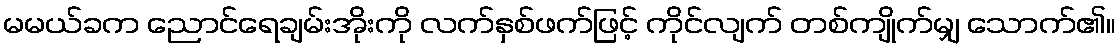
မမယ်ခက ညောင်ရေချမ်းအိုးကို လက်နှစ်ဖက်ဖြင့် ကိုင်လျက် တစ်ကျိုက်မျှ သောက်၏။